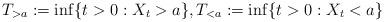
LaTeX: \begin{align*}T_{>a}:=\inf\{t>0: X_t>a\},T_{<a}:=\inf\{t>0:X_t<a\}\end{align*}